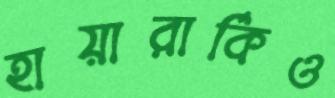
হায়ারার্কিও